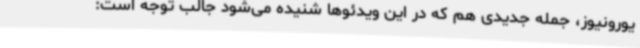
یورونیوز، جمله جدیدی هم که در این ویدئوها شنیده می‌شود جالب توجه است: